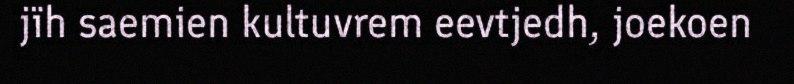
jïh saemien kultuvrem eevtjedh, joekoen